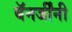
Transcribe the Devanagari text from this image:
बॅनर्जींनी